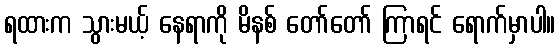
ရထားက သွားမယ့် နေရာကို မိနစ် တော်တော် ကြာရင် ရောက်မှာပါ။